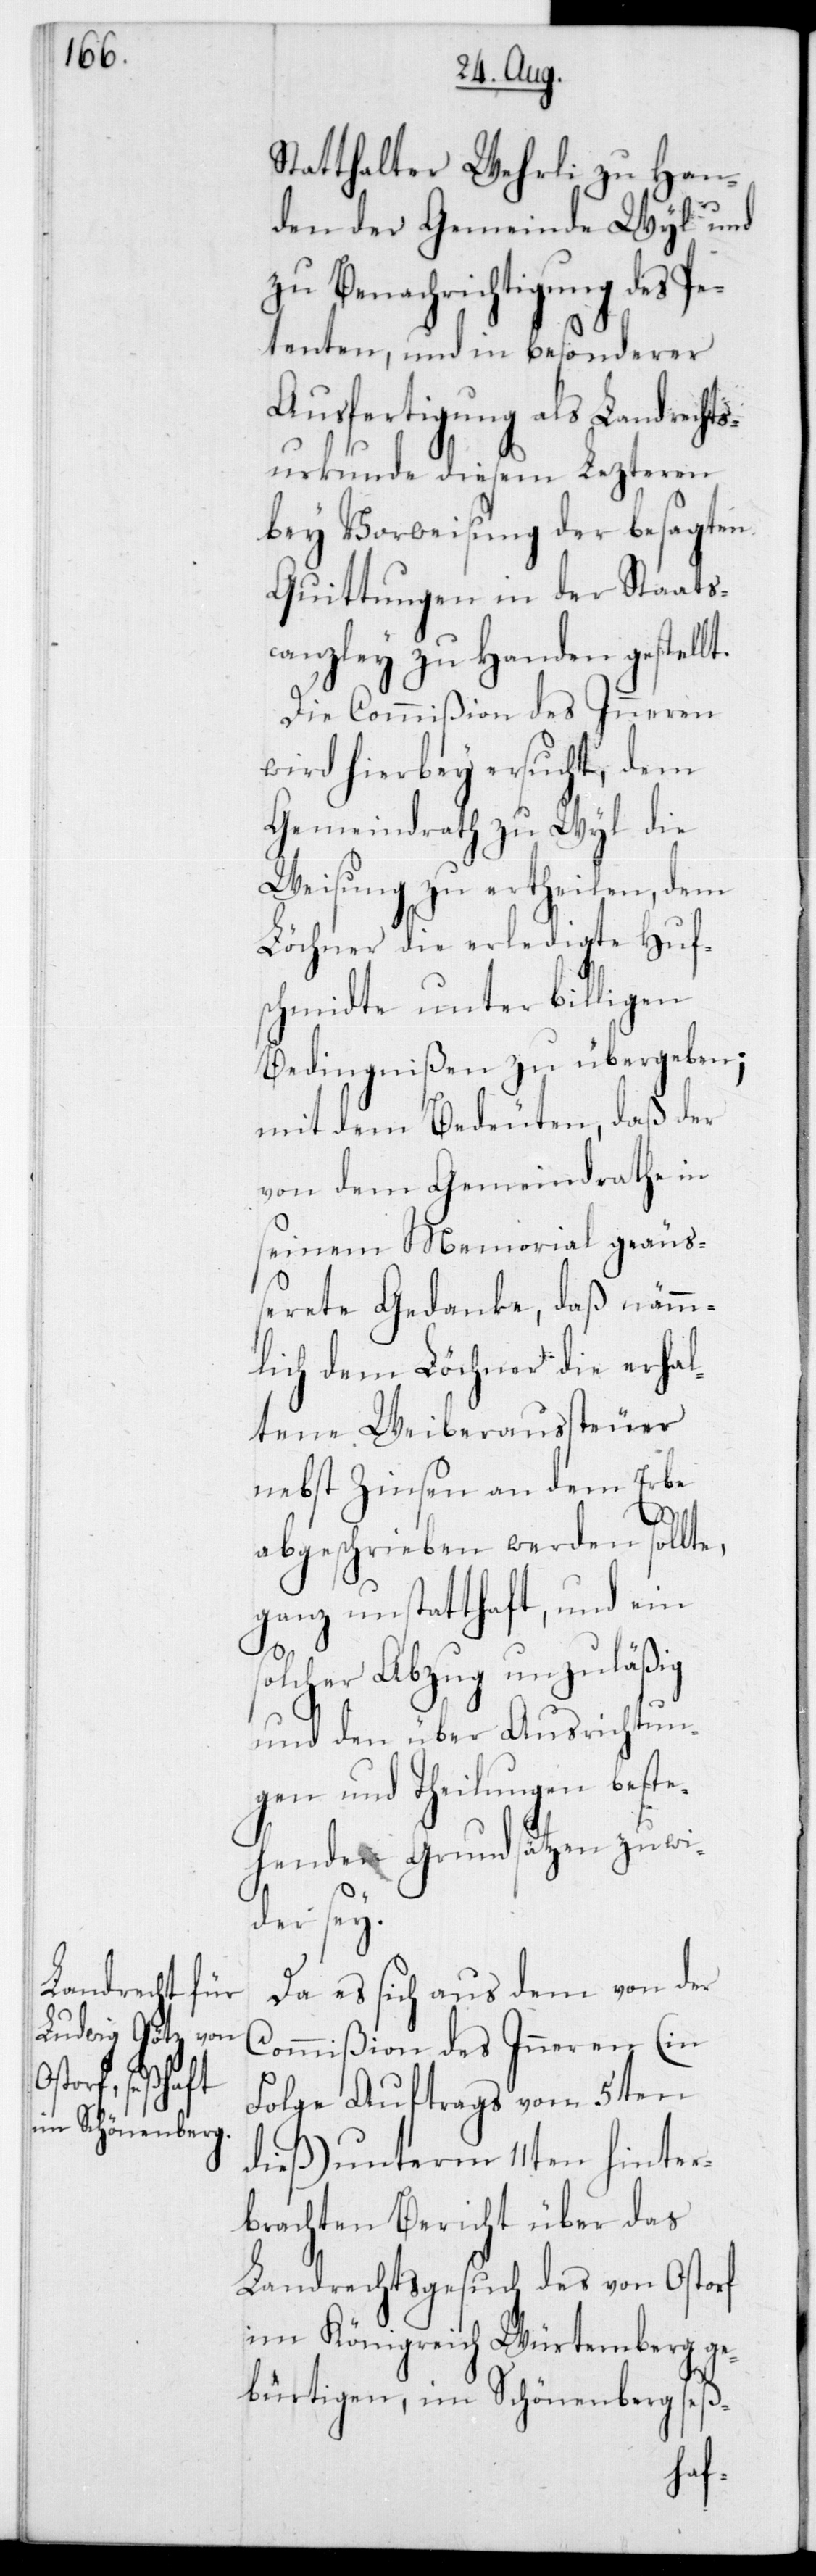
Statthalter Wehrli zu Han¬
den der Gemeinde Wyl und
zu Benachrichtigung des Pe¬
tenten, und in besonderer
Ausfertigung als Landrecht¬
surkunde diesem Lezteren
bey Vorweisung der besagten
Quittungen in der Staats¬
canzley zu Handen gestellt.
Die Commißion des Inneren
wird hierbey ersucht, dem
Gemeindrath zu Wyl die
Weisung zu ertheilen, dem
Löchner die erledigte Huf¬
schmidte unter billigen
Bedingnißen zu übergeben;
mit dem Bedeuten, daß der
von dem Gemeindrathe in
seinem Memorial geäuß¬
erete Gedanke, daß nämm¬
lich dem Löchner die erhal¬
tene Weiberaussteuer
nebst Zinsen an dem Erbe
s¬
abgeschrieben werden sollte,
ganz unstatthaft, und ein
olcher Abzug unzuläßig
und den über Ausrichtun¬
gen und Theilungen beste¬
henden Grundsätzen zuwi¬
der sey.
Da es sich aus dem von der
Commißion des Inneren (in
Folge Auftrags vom 5ten
dieß) unterm 11ten hinter¬
brachten Bericht über das
Landrechtsgesuch des von Ostorf
im Königreich Würtemberg ge¬
bürtigen, im Schönenberg seß-